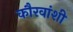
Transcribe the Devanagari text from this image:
कौरवांशी